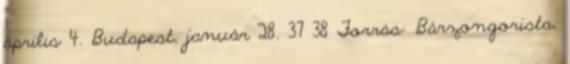
április 4. Budapest, január 28. 37 38 Forrás: Bárzongorista,